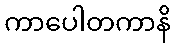
ကာပေါတကာနိ